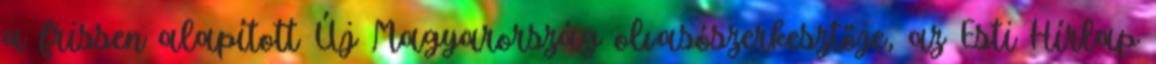
a frissen alapított Új Magyarország olvasószerkesztője, az Esti Hírlap